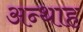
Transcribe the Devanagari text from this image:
अन्‍थाह